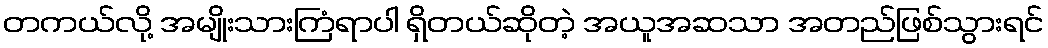
တကယ်လို့ အမျိုးသားကြံရာပါ ရှိတယ်ဆိုတဲ့ အယူအဆသာ အတည်ဖြစ်သွားရင်